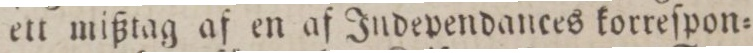
ett mißtag af en af Independances korreſpon=